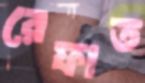
রেফাত